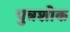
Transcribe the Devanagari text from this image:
पुत्रशोक